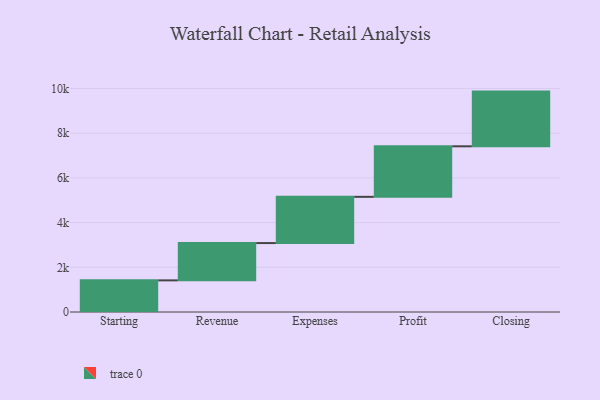
{"axis": {"x": "Step", "y": "Value"}, "legend": [""], "data": [{"x": "Starting", "y": 1415.0, "type": ""}, {"x": "Revenue", "y": 1669.0, "type": ""}, {"x": "Expenses", "y": 2069.0, "type": ""}, {"x": "Profit", "y": 2260.0, "type": ""}, {"x": "Closing", "y": 2448.0, "type": ""}]}